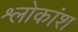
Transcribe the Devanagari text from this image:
श्लोकांश